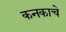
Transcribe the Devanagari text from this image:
कनकाचे